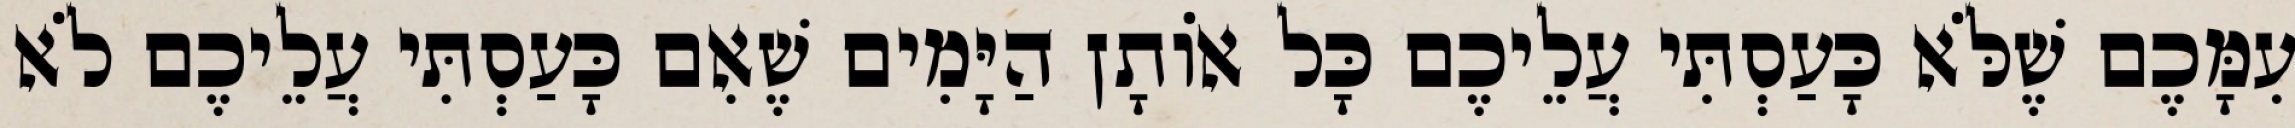
עִמָּכֶם שֶׁלֹּא כָּעַסְתִּי עֲלֵיכֶם כָּל אוֹתָן הַיָּמִים שֶׁאִם כָּעַסְתִּי עֲלֵיכֶם לֹא